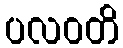
ပလဝတိ